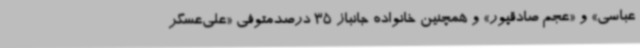
عباسی» و «عجم صادقپور» و همچنین خانواده جانباز 35 درصدمتوفی «علی‌عسگر